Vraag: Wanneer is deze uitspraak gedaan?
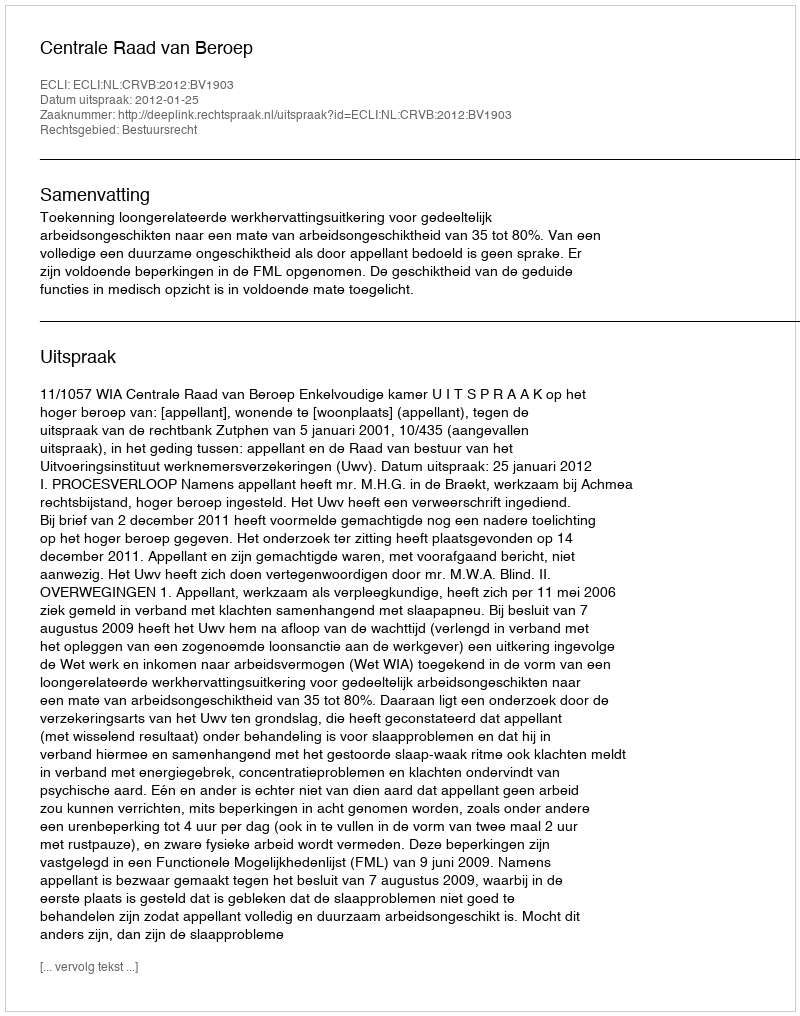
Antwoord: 2012-01-25